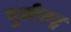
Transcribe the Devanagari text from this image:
गुर्जराष्ट्र